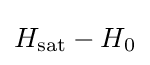
H_{\mathrm {sat} }-H_{0}